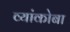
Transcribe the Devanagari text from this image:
व्यांकोबा